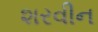
શરવીન